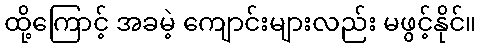
ထို့ကြောင့် အခမဲ့ ကျောင်းများလည်း မဖွင့်နိုင်။